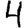
Digit: 4